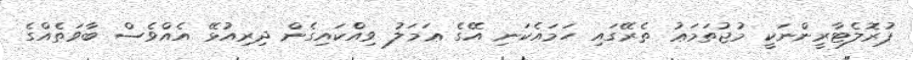
ޕުރޮލެޓާރީންނަކީ މުޖުތަމަޢު ތެރޭގައި ހަމައެކަނި އޭގެ ޢަމަލު ވިއްކައިގެން ދިރިއުޅޭ އެއްވެސް ބާވަތެއްގެ